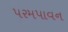
પરમપાવન